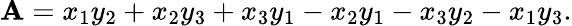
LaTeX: \mathbf{A}=x_{1}y_{2}+x_{2}y_{3}+x_{3}y_{1}-x_{2}y_{1}-x_{3}y_{2}-x_{1}y_{3}.